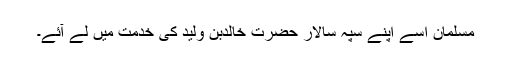
مسلمان اسے اپنے سپہ سالار حضرت خالدبن ولیدؓ کی خدمت میں لے آئے۔